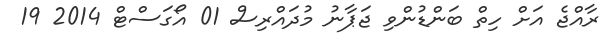
ރާއްޖެ އަށް ހިތް ބަންޑުންވި ޖަޕާނު މުދައްރިސް 01 އޯގަސްޓް 2014 19